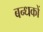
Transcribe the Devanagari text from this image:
बन्धकों